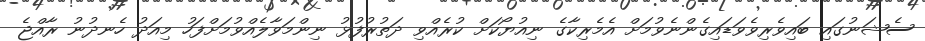
ސެޝަނުގައި ބައިވެރިވެވަޑައިގެންނެވުމަށް އެމެރިކާގެ ނިއުޔޯކަށް ކުރެއްވި ދަތުރުފުޅު ނިންމަވާލެއްވުމަށްފަހު މިއަދު ހެނދުނު ރާއްޖެ